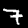
Label: 7